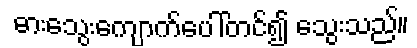
ဓားသွေးကျောက်ပေါ်တင်၍ သွေးသည်။